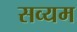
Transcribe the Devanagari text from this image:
सव्यम